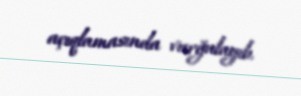
açıqlamasında vurğulayıb.